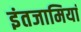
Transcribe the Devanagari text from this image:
इंतजामियां